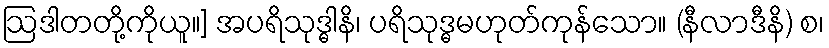
ဩဒါတတို့ကိုယူ။] အပရိသုဒ္ဓါနိ၊ ပရိသုဒ္ဓမဟုတ်ကုန်သော။ (နီလာဒီနိ) စ၊